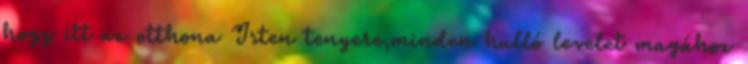
hogy itt az otthona Isten tenyere,minden hulló levelet magához